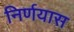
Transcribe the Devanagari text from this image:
निर्णयास